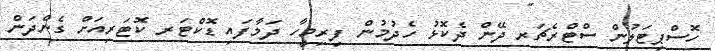
ހޮސްޕިޓަލުން ސްޓްރެޗަރ ދޭން ދެކޮޅު ހެދުމުން ފިރިމީހާ ދަމާފައި ޑޮކްޓަރ ކޮޓަރިއަށް ގެންދަން